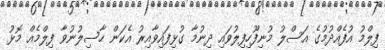
ފިލްމު އުފެއްދުމުގެ އަސްލު މުނިފޫހިފިލުވައި ދިނުމާ ގުޅިފައިވާއިރު އެކަން ހާސިލުނުވާ ފިލްމެއް މޮޅު